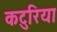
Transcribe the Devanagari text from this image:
कटुरिया